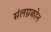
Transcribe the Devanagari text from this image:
संलग्नकोन